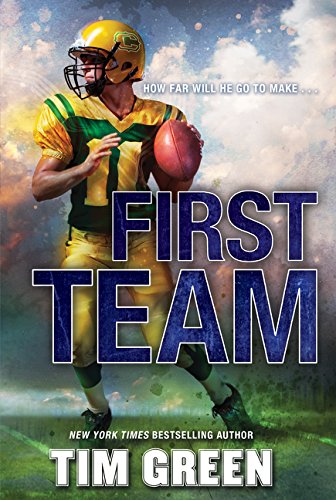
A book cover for First Team; Tim Green; Children's Books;